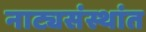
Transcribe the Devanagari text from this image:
नाट्यसंस्थांत